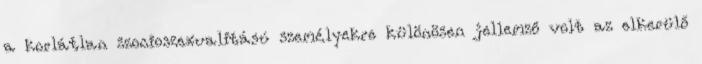
a korlátlan szocioszexualitású személyekre különösen jellemző volt az elkerülő